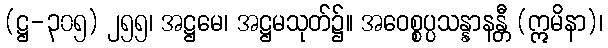
(ဋ္ဌ-၃၀၅) ၂၅၅၊ အဋ္ဌမေ၊ အဋ္ဌမသုတ်၌။ အဝေစ္စပ္ပသန္နာနန္တီ (ဣမိနာ)၊